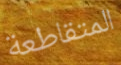
المتقاطعة